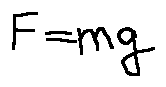
F = m g